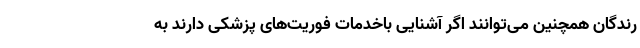
رندگان همچنین می‌توانند اگر آشنایی باخدمات فوریت‌های پزشکی دارند به